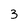
Character: 3